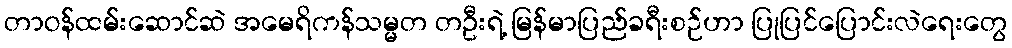
တာဝန်ထမ်းဆောင်ဆဲ အမေရိကန်သမ္မတ တဦးရဲ့ မြန်မာပြည်ခရီးစဉ်ဟာ ပြုပြင်ပြောင်းလဲရေးတွေ